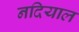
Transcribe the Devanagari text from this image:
नदियाल